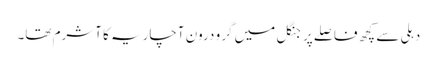
دہلی سے کچھ فاصلے پر جنگل میں گرو درون آچاریہ کا آشرم تھا۔